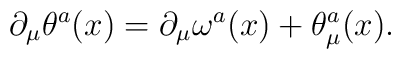
\partial_{\mu}{\theta}^{a}(x)=\partial_{\mu}{\omega}^{a}(x)+{\theta}_{\mu}^{a}(x).